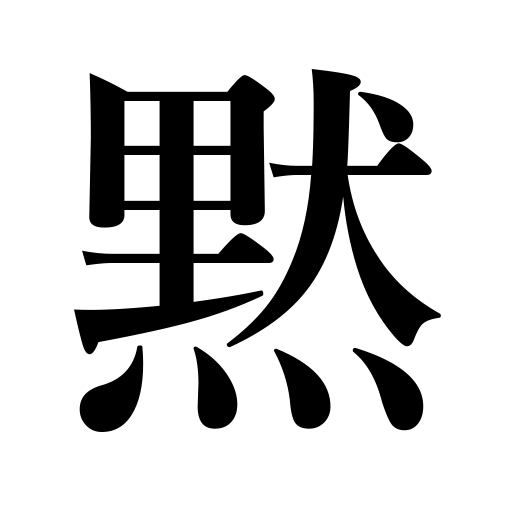
Meanings: stop speaking,say nothing,become silent,keeping silence